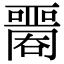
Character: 𡂦